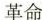
革命